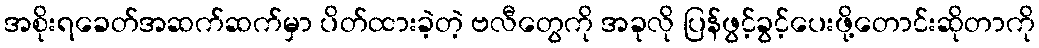
အစိုးရခေတ်အဆက်ဆက်မှာ ပိတ်ထားခဲ့တဲ့ ဗလီတွေကို အခုလို ပြန်ဖွင့်ခွင့်ပေးဖို့တောင်းဆိုတာကို